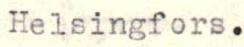
Helsingfors.